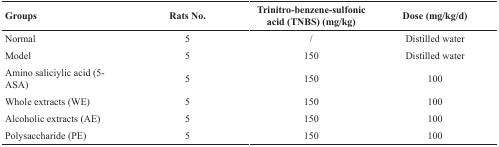
| Groups | Rats No. | Trinitro-benzene-sulfonic acid (TNBS) (mg/kg) | Dose (mg/kg/d) |
 | --- | --- | --- | --- |
 | Normal | 5 | / | Distilled water |
 | Model | 5 | 150 | Distilled water |
 | Amino saliciylic acid (5-ASA) | 5 | 150 | 100 |
 | Whole extracts (WE) | 5 | 150 | 100 |
 | Alcoholic extracts (AE) | 5 | 150 | 100 |
 | Polysaccharide (PE) | 5 | 150 | 100 |